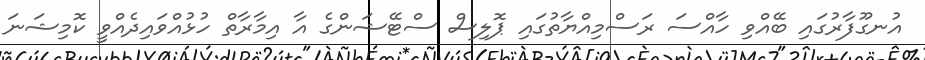
އުނގޫފާރުގައި ބޭއްވި ހާއްސަ ރަސްމިއްޔާތުގައި ޕޮލިސް ސްޓޭޝަންގެ އާ އިމާރާތް ހުޅުއްވައިދެއްވީ ކޮމިޝަނަ